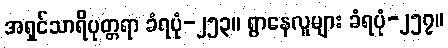
အရှင်သာရိပုတ္တရာ ခံရပုံ-၂၅၃။ ရွာနေလူများ ခံရပုံ-၂၅၇။